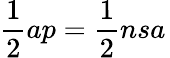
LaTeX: {\frac{1}{2}}ap={\frac{1}{2}}nsa\,